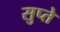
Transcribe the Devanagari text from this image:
सुप्ते